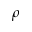
\rho